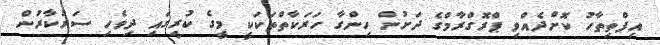
އިފްތިތާހު ކޮށްދެއްވި ޕްރޮގްރާމްގެ ދަށުން ހިންގާ ހަރަކާތްތަކަކީ މީގެ ކުރީގައި ދިވެހި ސަރުކާރުން